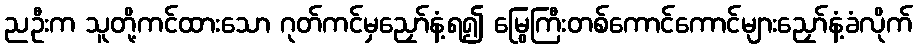
ညဦးက သူတို့ကင်ထားသော ဂုတ်ကင်မှညှော်နံ့ရ၍ မြွေကြီးတစ်ကောင်ကောင်များညှော်နံ့ခံလိုက်